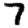
Digit: 7